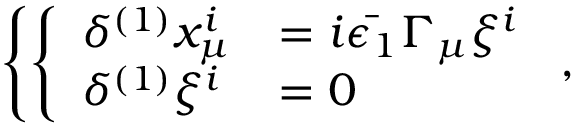
\left\{ \left\{ \begin{array} { l l } { { \delta ^ { ( 1 ) } x _ { \mu } ^ { i } } } & { { = i \bar { \epsilon _ { 1 } } \Gamma _ { \mu } \xi ^ { i } } } \\ { { \delta ^ { ( 1 ) } \xi ^ { i } } } & { { = 0 } } \end{array} \right. \right. ,